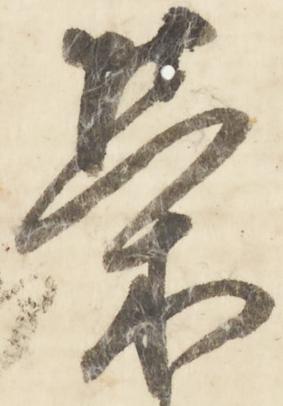
栄